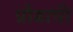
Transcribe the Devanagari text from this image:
प्रौढाची